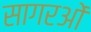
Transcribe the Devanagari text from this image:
सागरओं